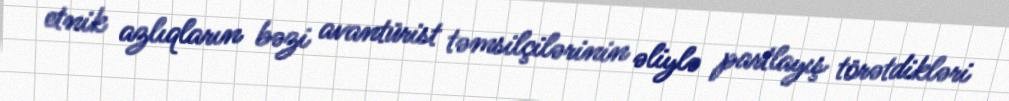
etnik azlıqların bəzi avantürist təmsilçilərinin əliylə partlayış törətdikləri